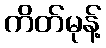
ကိတ်မုန့်